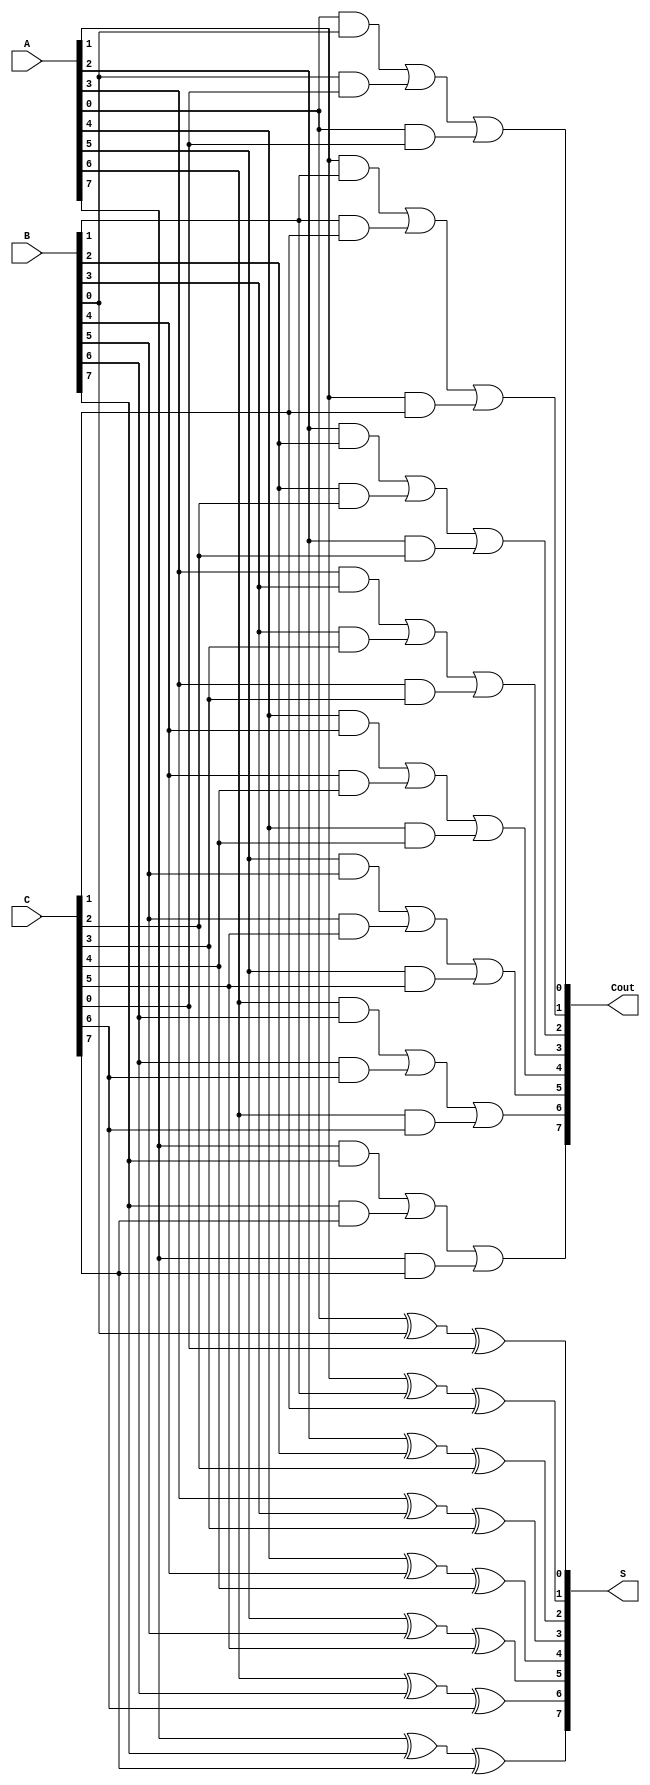
module ModifiedCarrySaveAdder #(parameter n = 8) (
    input wire [n-1:0] A, // First input
    input wire [n-1:0] B, // Second input
    input wire [n-1:0] C, // Third input
    output wire [n-1:0] S, // Sum output
    output wire [n-1:0] Cout // Carry output
);

// Generate the sum and carry outputs
genvar i;
generate
    for (i = 0; i < n; i = i + 1) begin : MCSA
        assign S[i] = A[i] ^ B[i] ^ C[i]; // Sum calculation using XOR
        assign Cout[i] = (A[i] & B[i]) | (B[i] & C[i]) | (A[i] & C[i]); // Carry calculation
    end
endgenerate

endmodule